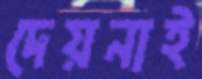
দেয়নাই